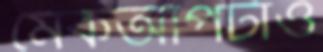
মেকআপটাও